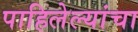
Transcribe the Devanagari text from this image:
पाहिलेल्यांचा